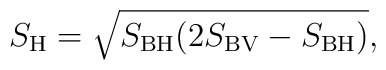
S_{\rm H}=\sqrt{S_{\rm BH} (2 S_{\rm BV}-S_{\rm BH})},